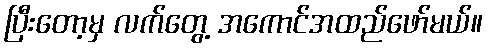
ပြီးတော့မှ လက်တွေ့ အကောင်အထည်ဖော်မယ်။